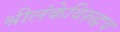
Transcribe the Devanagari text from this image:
श्रीलंकेविरुद्धच